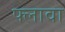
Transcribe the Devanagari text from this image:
फ्लावा